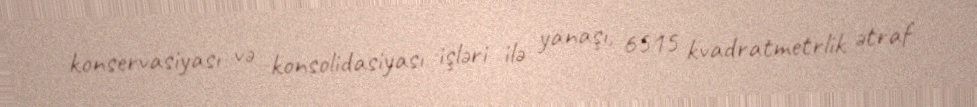
konservasiyası və konsolidasiyası işləri ilə yanaşı, 6515 kvadratmetrlik ətraf